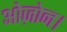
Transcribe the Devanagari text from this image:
ओज़ोन।